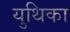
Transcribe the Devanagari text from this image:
युथिका